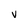
Character: v